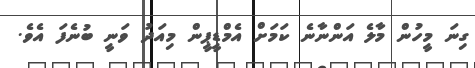
ގިނަ މީހުން މާލެ އަންނާނެ ކަމަށް އެމްޑީޕީން މިއަދު ވަނީ ބުނެފަ އެވެ.